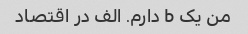
من یک b دارم. الف در اقتصاد